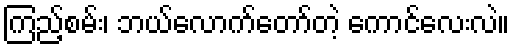
ကြည့်စမ်း၊ ဘယ်လောက်တော်တဲ့ ကောင်လေးလဲ။